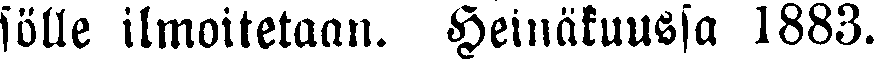
sulle ilmoitetaan. Heinäkuussa 1883.